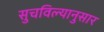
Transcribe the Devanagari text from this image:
सुचविल्यानुसार